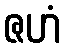
ဇဟံ